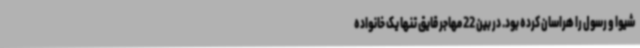
شیوا و رسول را هراسان کرده بود. در بین 22 مهاجر قایق تنها یک خانواده